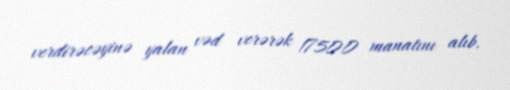
verdirəcəyinə yalan vəd verərək 17500 manatını alıb.